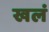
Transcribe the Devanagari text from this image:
खलं